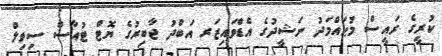
ކުރީގެ ރައީސް މުޙައްމަދު ނަޝީދުގެ އެޑްވައިޒަރ އަބްދު ޖާބިރުގެ ޔޮޓް ޓުއާސް ސިވިލް